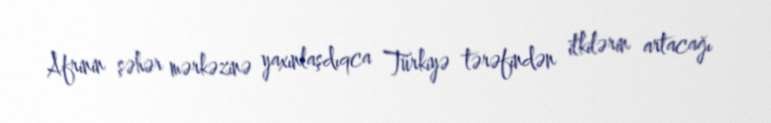
Afrinin şəhər mərkəzinə yaxınlaşdıqca Türkiyə tərəfindən itkilərin artacağı